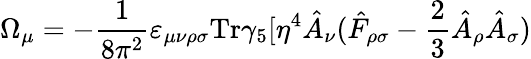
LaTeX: \Omega_{\mu}=-\frac{1}{8\pi^{2}}\varepsilon_{\mu\nu\rho\sigma}\mathrm{Tr}\gamma_{5}[\eta^{4}\hat{A}_{\nu}(\hat{F}_{\rho\sigma}-\frac{2}{3}\hat{A}_{\rho}\hat{A}_{\sigma})